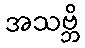
အသဗ္ဘိ